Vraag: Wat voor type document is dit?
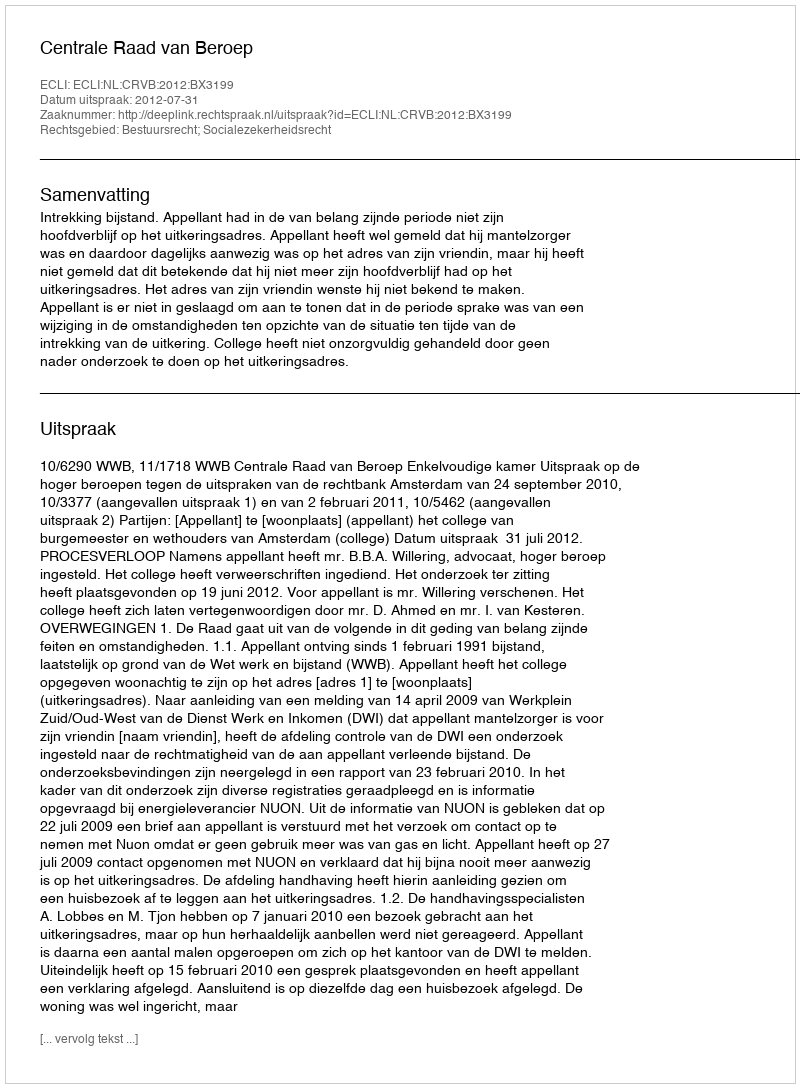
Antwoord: Uitspraak